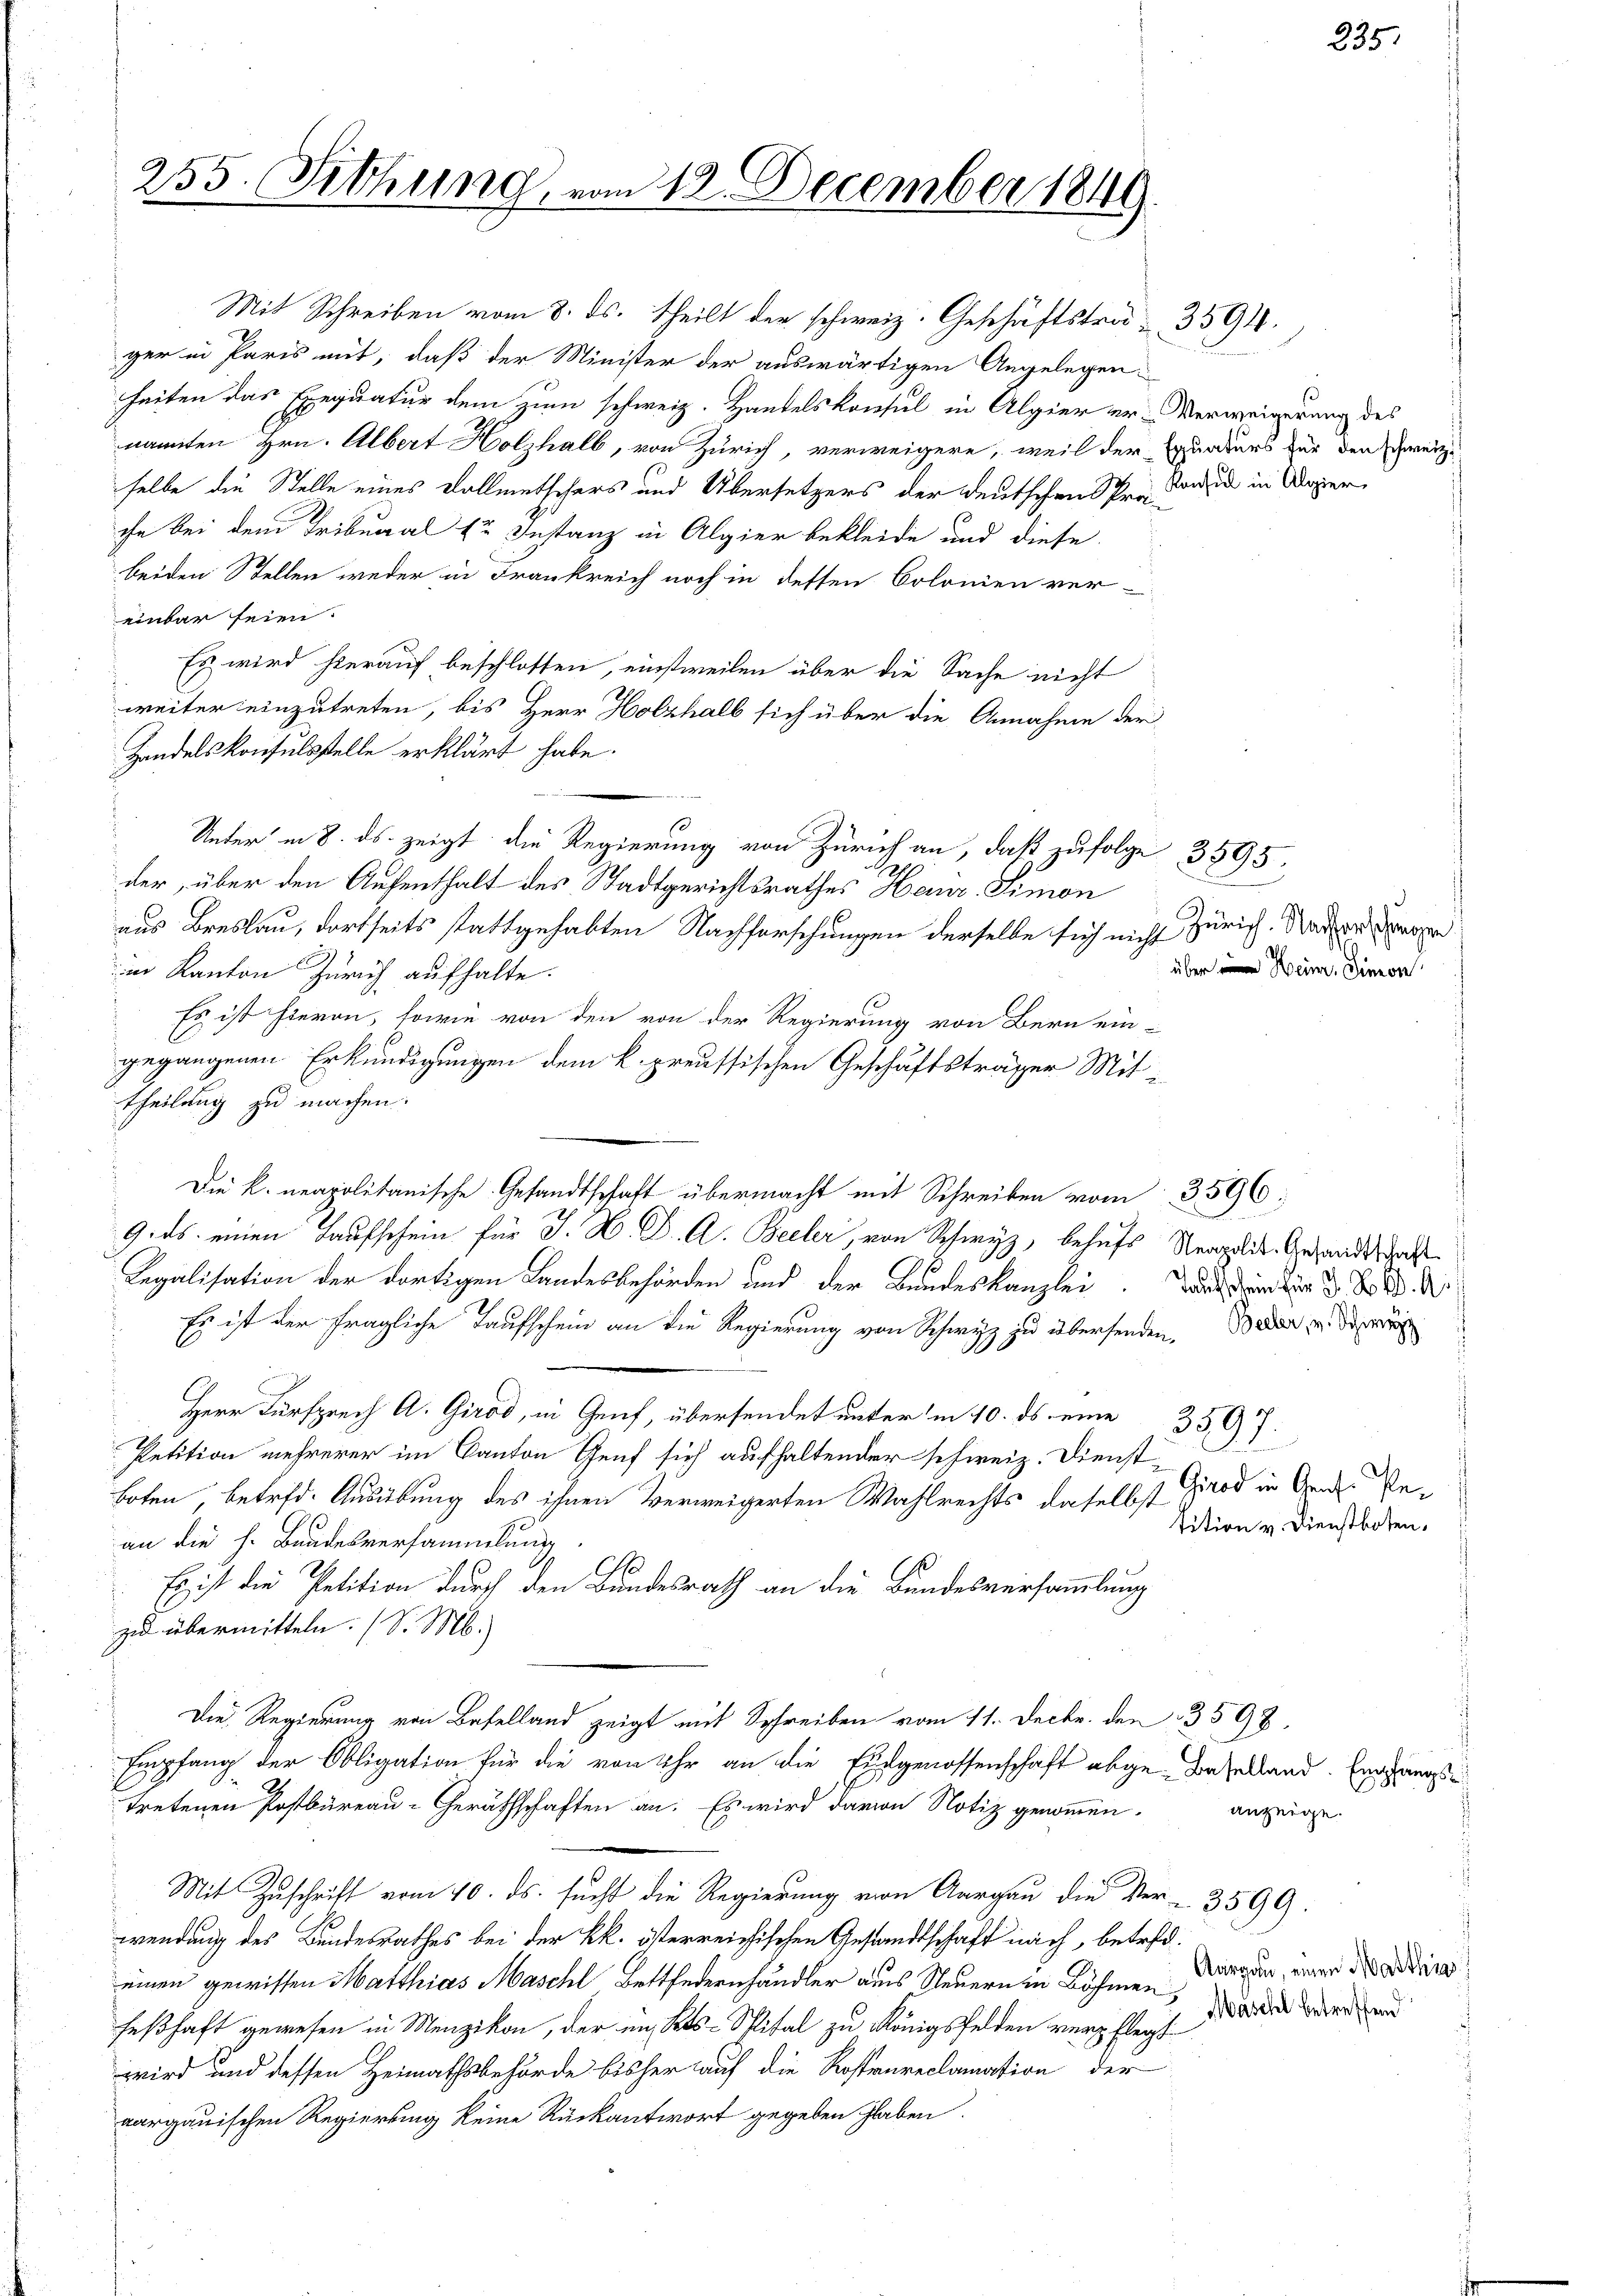
255. Sitzung, vom 12. December 1849.

heiten das Exequatur dem zum schweiz. Handelskonsul in Algier er-Verweigerung des
nannten Hrn. Albert Holzhalb, von Zürich, verweigere, weil der Equaders für den Geizselbe die Stelle eines Vollmetschers und Übersetzers der deutschen Schrei Konsin in Weger
che bei dem Tribunal zu Instanz in Algier bekleide und diese
beiden Stellen weder in Frankreich noch in dessen Colonien ver-
einbar seien.
Es wird hierauf beschlossen, einstweilen über die Sache nicht
weiter einzutreten, bis Herr Holzhalb sich über die Annahme der
Handelskonsulsstelle erklärt habe.
Unter in 8. ds. zeigt die Regierung von Zürich an, daß zufolge 3595.
der, über den Aufenthalt des Stadtgerichtsrathes Heinr. Simon
aus Breslau, dortseits stattgehabten Nachforschungen derselbe sich nicht Zürich. Wachen Anspr
in Kanton Zürich aufhalte.
Es ist hieran, sowie von den von der Regierung von Bern ein-
gegangenen Erkundigungen dem k. preussischen Geschäftsträger Mittheilung zu machen.
Die k. neapolitanische Gesandtschaft übermacht mit Schreiben vom 3596;
9. ds. einen Laufschein für J. H. Dr. A. Beiler, von Schwyz, behufs Neapolit. Gesandtschaft
2/5
Legalisation der dortigen Landesbehörden und der Bundeskanzlei
Es ist der fragliche Taufschein an die Regierung von Schwyz zu übersenden. Beden d. d
Herr Fürsprech A. Girod, in Genf, übersendet unter in 10. ds eine
3797.
Petition mehrerer im Kanton Genf sich aufhaltender schweiz. Dienst
Boten betrft. Ausübung des ihnen Verweigerten Wahlrechts daselbst Brod in Arne Bean die h. Bandesversammlung
Es ist die Petition durch den Bundesrath an die Bundesversammlung
zu übermitteln. (S. M.
Die Regierung von Baselland zeigt mit Schreiben vom 11. Decbr. den 3598.
Empfang der Obligation für die von Uhr an die Eidgenossenschaft abge-Baselland. Eingangs
2
tretenen Postbüreau-Geräthschaften an. Es wird darin Notiz genommen.
Mit Zuschrift vom 10. ds. sucht die Regierung von Aargau die Ver- 3599.
wendung des Bundesrathes bei der kk. österreichischen Gestandtschaft nach, betrefeinen gewissen Matthias Maschl Bettfedernhändler aus Steuern in Böhmen irgen, einer dadur
feßhaft gewesen in Menzikon, der im Kts. Mital zu Königsfelden verpflegt
wird und dessen Heimathsbehörde bisher auf die Rostenreclamation der
aargauischen Regierung keine Rückantwort gegeben haben.

Mit Schreiben vom 8. ds. theilt der schweiz. Geschäftstra - 3594.
ger in Paris mit, daß der Minister der auswärtigen Angelegen-

A

s

u
über Heim Sinnen

Taufschein für J. Z. 9

tition v. Dienstboten.

anzeige.

235.

Mascht betreffend